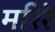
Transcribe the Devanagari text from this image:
मरिरे